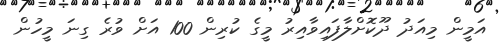
އަމީން މިއަދު ދޫކޮށްލާފައިވާއިރު މީގެ ކުރިން 100 އަށް ވުރެ ގިނަ މީހުން